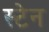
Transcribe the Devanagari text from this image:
स्‍टेन